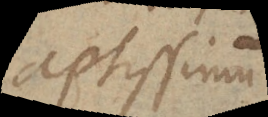
aptissimum